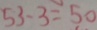
5 3 - 3 = 5 0